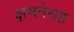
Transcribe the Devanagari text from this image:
क्षमतेसह